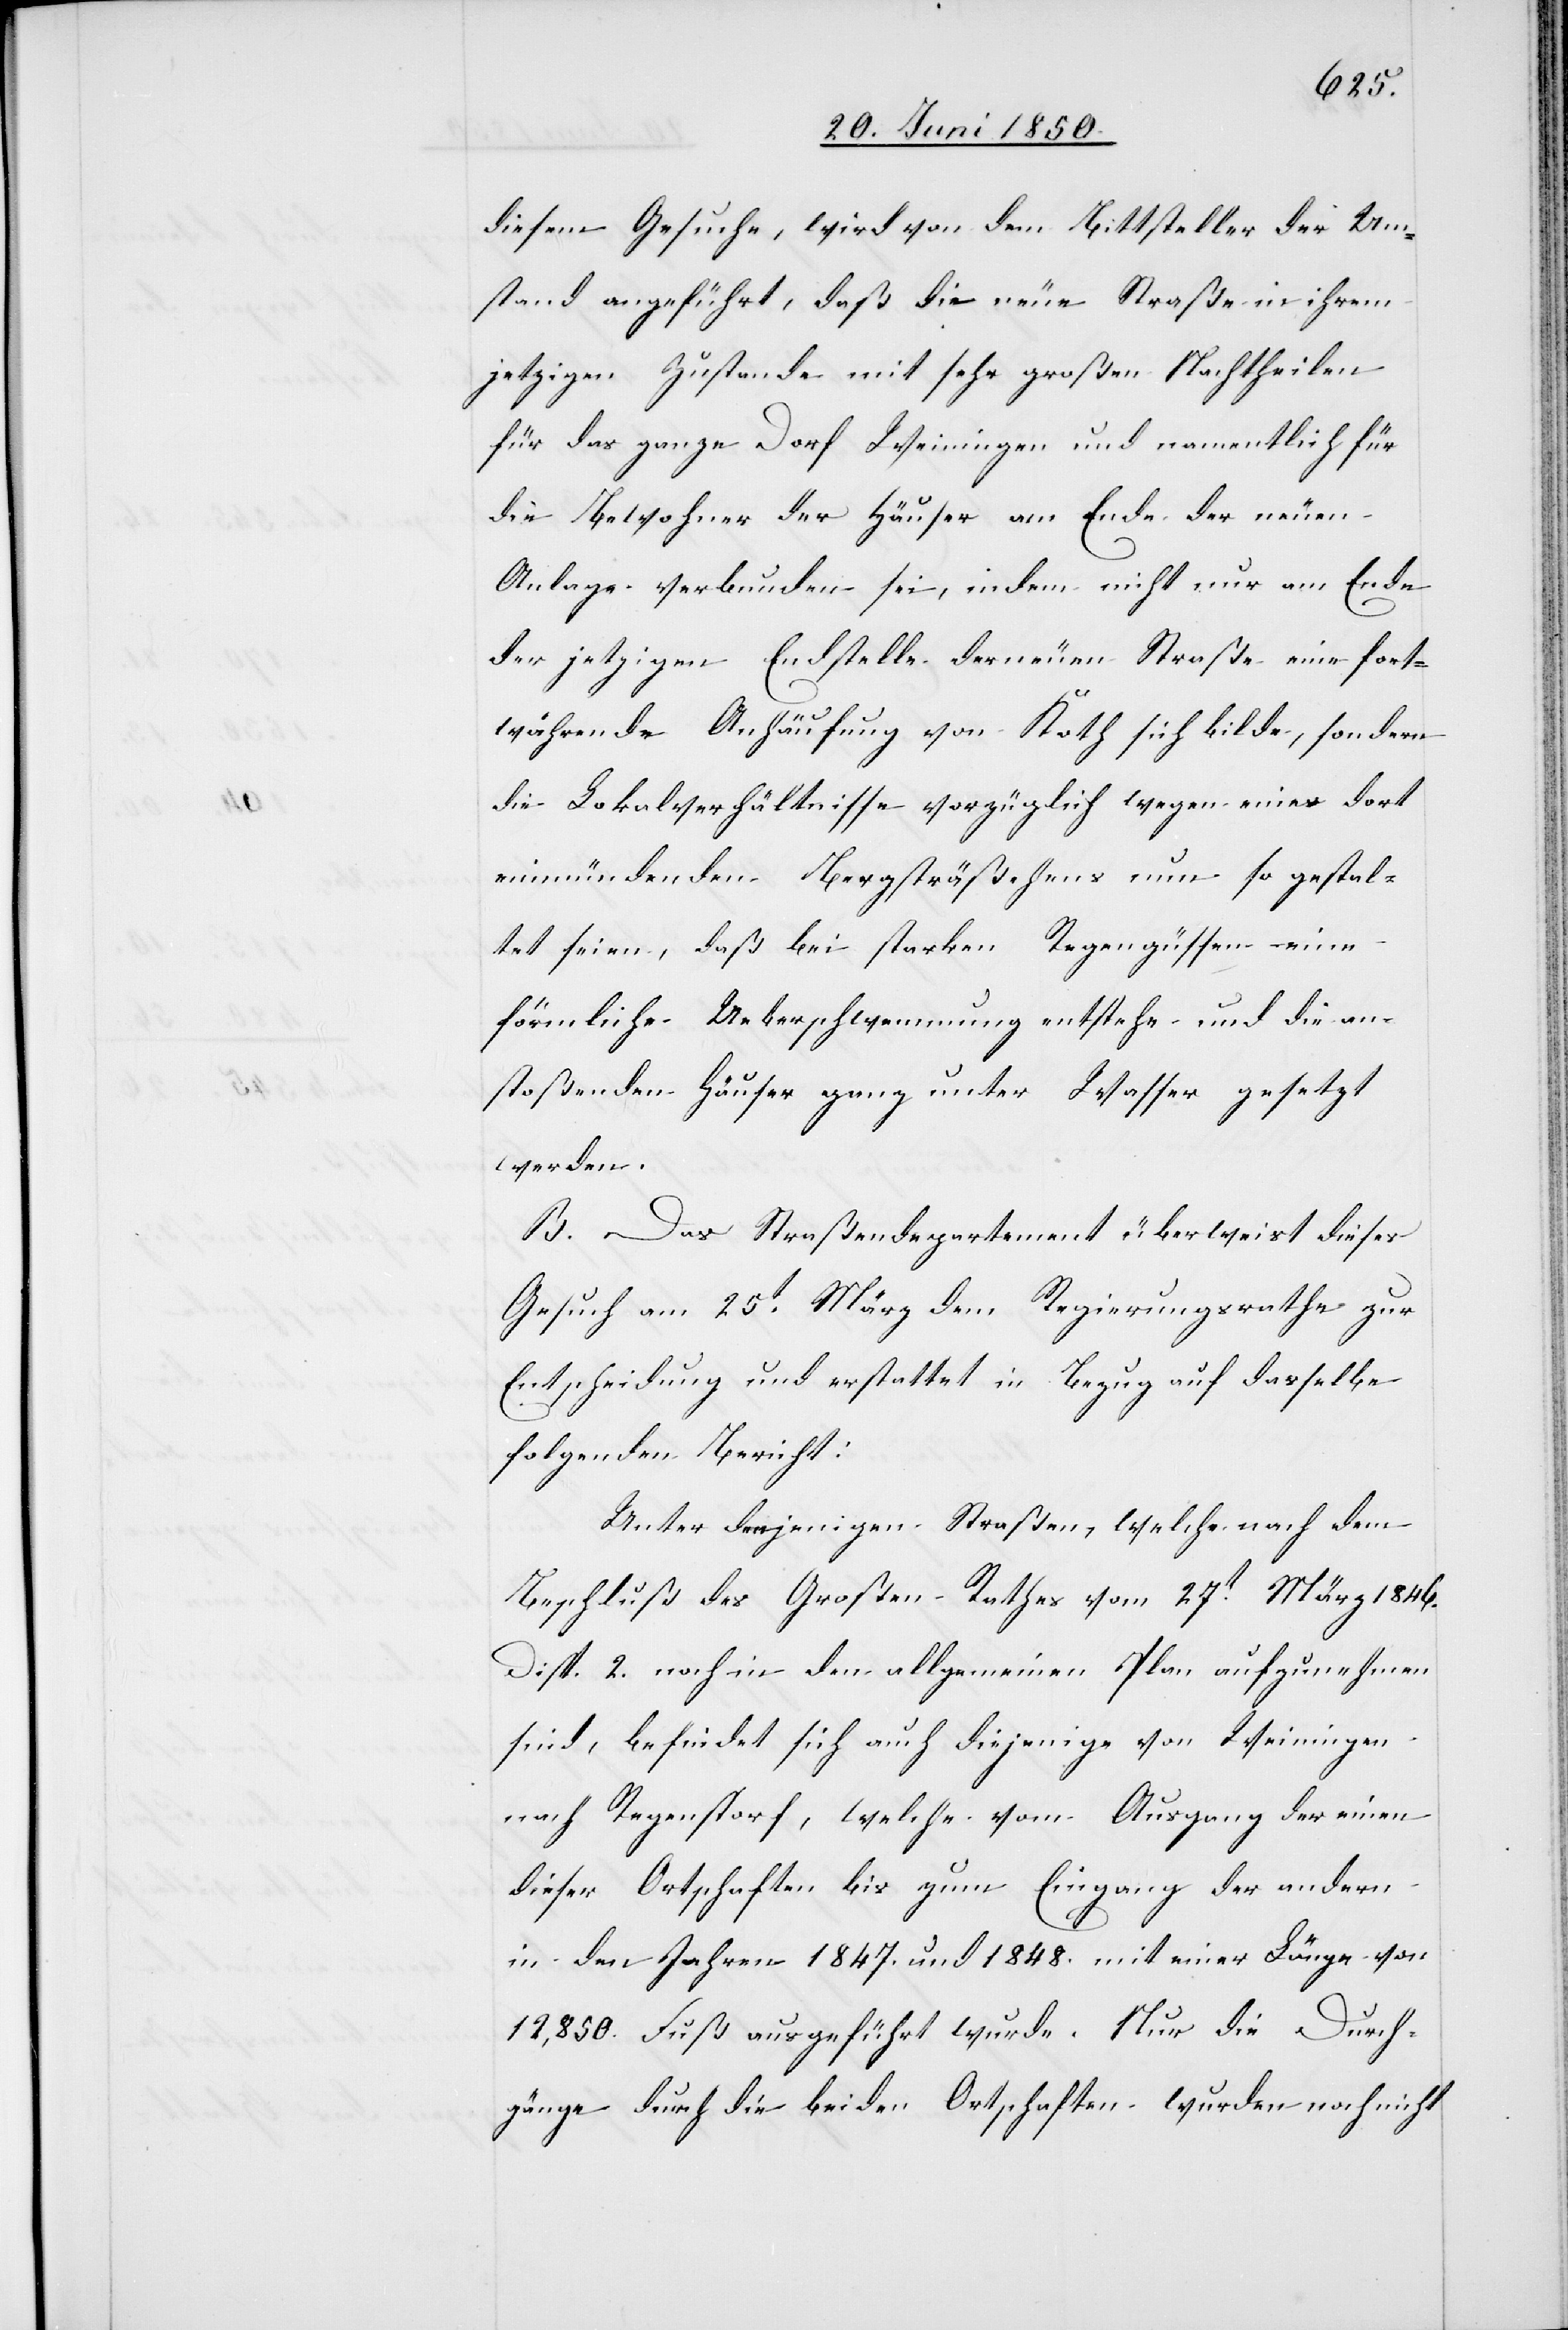
diesem Gesuche, wird von dem Bittsteller der Um¬
stand angeführt, daß die neue Straße in ihrem
jetzigen Zustande mit sehr großen Nachtheilen
für das ganze Dorf Weinigen und namentlich für
die Bewohner der Häuser am Ende der neuen
Anlage verbunden sei, indem nicht nur am Ende
der jetzigen Endstelle der neuen Straße eine fort¬
währende Anhäufung von Koth sich bilde, sondern
die Lokalverhältnisse vorzüglich wegen eines dort
einmündenden Bergsträßchens nun so gestal¬
tet seien, daß bei starken Regengüssen eine
förmliche Ueberschwemmung entstehe und die an¬
stoßenden Häuser ganz unter Wasser gesetzt
werden.
B. Das Straßendepartement überweist dieses
Gesuch am 25t März dem Regierungsrathe zur
Entscheidung und erstattet in Bezug auf dasselbe
folgenden Bericht:
Unter denjenigen Straßen, welche nach dem
Beschluß des Großen Rathes vom 27t März 1846.
Disp. 2. noch in den allgemeinen Plan aufzunehmen
sind, befindet sich auch diejenige von Weiningen
nach Regenstorf, welche vom Ausgang der einen
dieser Ortschaften bis zum Eingang der andern
in den Jahren 1847. und 1848. mit einer Länge von
12,850. Fuß ausgeführt wurde. Nur die Durch¬
gänge durch die beiden Ortschaften wurden noch nicht